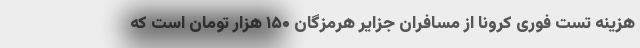
هزینه تست فوری کرونا از مسافران جزایر هرمزگان ۱۵۰ هزار تومان است که